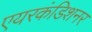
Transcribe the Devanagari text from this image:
एयरकंडिशनर